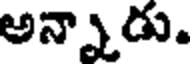
అన్నాడు.